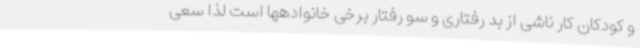
و کودکان کار ناشی از بد رفتاری و سو رفتار برخی خانوادهها است لذا سعی